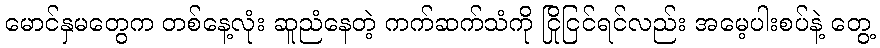
မောင်နှမတွေက တစ်နေ့လုံး ဆူညံနေတဲ့ ကက်ဆက်သံကို ငြိုငြင်ရင်လည်း အမေ့ပါးစပ်နဲ့ တွေ့